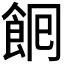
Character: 𮨺